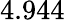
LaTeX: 4.944